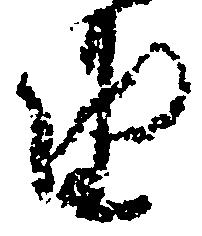
由